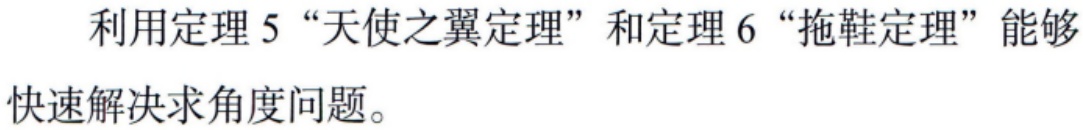
利用定理 5 “天使之翼定理” 和定理 6 “拖鞋定理” 能够快速解决求角度问题。